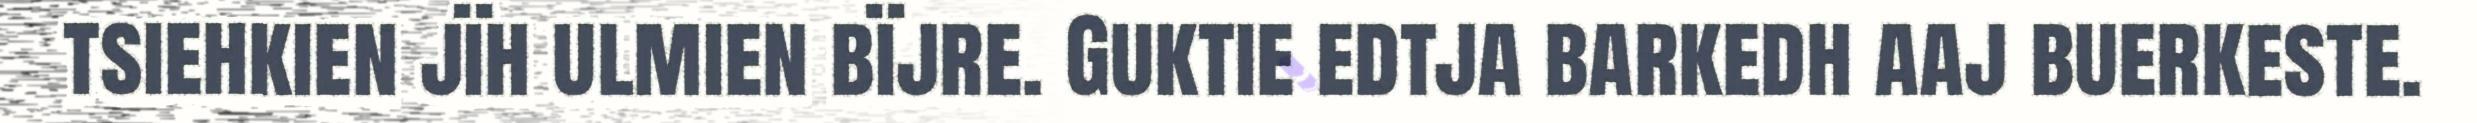
tsiehkien jïh ulmien bïjre. Guktie edtja barkedh aaj buerkeste.